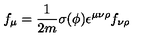
f _ { \mu } = \frac { 1 } { 2 m } \sigma ( \phi ) \epsilon ^ { \mu \nu \rho } f _ { \nu \rho }